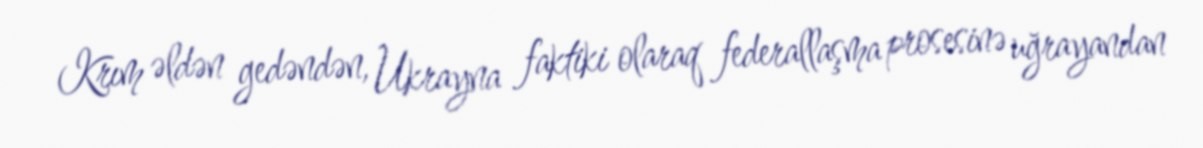
Krım əldən gedəndən, Ukrayna faktiki olaraq federallaşma prosesinə uğrayandan